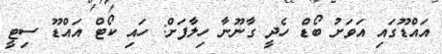
އައްޑޫގައި އަވަށު ބޯޑް ހެދީ ގާނޫނާ ހިލާފަށް: ހައި ކޯޓް އައްޑޫ ސިޓީ